Annual statistical returns and brief notes on vaccination in Bengal - 1909-1929
Year: 1909
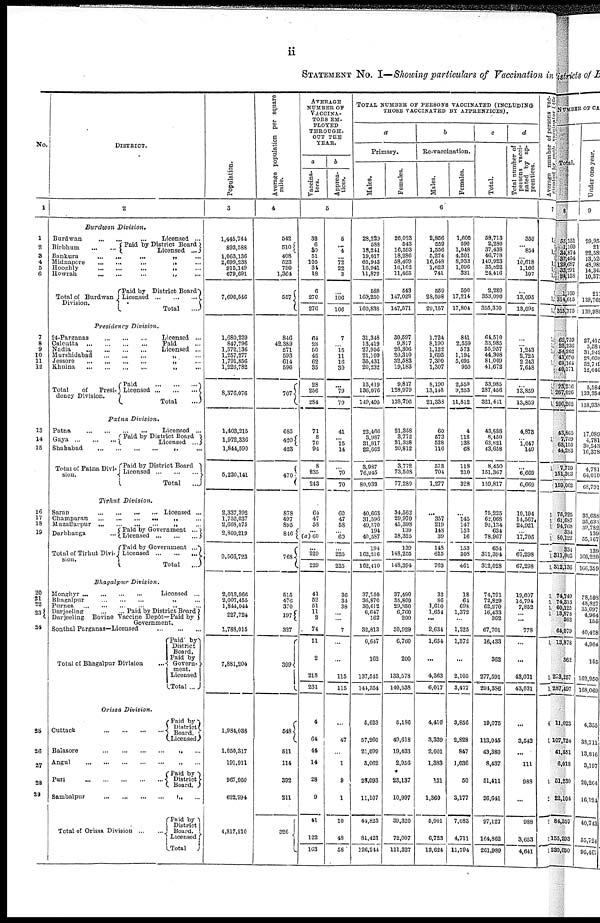
ii
STATEMENT No. I—Showing particulars of Vaccination in
No.
1
1
2
3
4
5
6
7
8
9
10
11
12
13
14
15
16
17
18
19
20
21
22
23
24
25
26
27
28
29
DISTRICT.
2
Burdwan Division
Burdwan
...
Licensed ...
Birbhum
Paid by District Board
Licensed ...
Bankura
...
...
...
Midnapore
...
...
„
...
Hooghly
...
...
...
„ ...
Howrah
...
...
...
„
...
Total of Burdwan
Division.
Paid by District Board
Licensed
...
...
...
Total
...
Presidency Division.
24-Parganas
...
...
...
Licensed ...
Calcutta
...
...
...
Paid ...
Nadia
...
...
...
Licensed ...
Murshidabad
...
...
...
„ ...
Jessore
...
...
...
...
„
...
Khulna
...
...
...
...
„
...
Total
of
Presi-
dency Division.
Paid
...
...
...
Licensed ... ...
Total
...
Patna
Division.
Patna
...
...
...
...
Licensed ...
Gaya ... ... ... Paid by District Board ...
Licensed ...
Shababad ... ... ... ... „ ...
Total of Patna Divi-
sion.
Paid by District Board
Licensed
...
...
...
Total ...
Tirhut
Division.
Saran
...
...
...
...
Licensed ...
Champaran ... ... ... ... „ ...
Muzaffarpur ... ... ... ... „ ...
Darbhanga ...
Total of Tirhut Divi-
sion.
Paid by Government ...
Licensed
...
...
...
Paid by Government ...
Licensed
...
...
...
Total ...
Bhgalpur
Division.
Monghyr ...
...
...
...
Licensed ...
Bhagalpur
...
...
...
„ ...
Purnea
...
...
...
...
„
...
Darjeeling
...
...
Paid by District Board
Darjeeling Bovine Vaccine Depôt—Paid by
Government.
Sonthal Parganas—Licensed
...
...
...
Total of Bhagalpur Division ...
Paid by
District
Board.
Paid by
Govern-
ment.
Licensed
Total ...
Orissa Division.
Cuttack
...
...
...
...
Paid by
District
Board.
Licensed
Balasore
...
...
...
...
„
...
Angul
...
...
...
...
„ ...
Puri ... ... ... ... ...
Paid by
Districts
Board.
Sambalpur
...
...
...
...
„
...
Total of Orissa Division ... ...
Paid by
District
Board.
Licensed
Total
Population.
3
1,445,744
893,588
1,063,136
2,699,238
915,149
679,691
7,696,546
1,680,229
847,796
1,572,136
1,257,277
1,791,856
1,226,782
8,376,076
1,403,215
1,972,336
1,844,590
5,220,141
2,337,392
1,752,037
2,668,075
2,809,219
9,566,723
2,013,966
2,007,455
1,844,044
227,724
1,788,015
7,881,204
1,984,088
1,050,317
191,911
967,950
622,994
4,817,210
Average population per square
mile.
4
542
510
408
523
790
1,364
557
846
42,389
571
593
614
596
707
685
420
423
470
878
497
895
846
768
515
476
370
197
327
399
548
511
114
392
211
326
AVERAGE
NUMBER OF
VACCINA-
TORS EM-
PLOYED
THROUGH-
OUT THE
YEAR.
a
Vaccina-
tors.
b
Appren-
tices.
5
32
6
30
51
105
34
18
6
270
276
64
28
50
45
62
35
28
256
284
71
8
70
94
8
235
213
64
47
58
...
(a) 60
...
229
229
41
62
51
11
2
74
11
2
218
231
4
64
44
14
28
9
41
122
1C3
5
... 4
...
72
22
3
...
106
106
7
... 15
11
16
30
...
79
79
41
...
15
14
...
70
70
60
47
58
... 60
...
225
225
36
34
38
...
...
7
...
...
115
115
...
47
...
1
9
1
10
48
58
TOTAL NUMBER OF PERSONS VACCINATED (INCLUDING
THOSE VACCINATED BY APPRENTICES).
a
Primary.
Males.
Females.
b
Re-vaccination.
Males.
Females.
c
Total.
d
Total number of
persons vacci-
nated by ap-
prentices.
6
28,229
588
18,241
19,017
65,943
16,941
11,879
588
160,250
160,838
31,348
13,419
27,956
21,109
35,431
20,232
13,419
136,076
149,495
22,466
3,987
31,817
22,662
3,987
76,945
80,932
40,663
31,596
49,370
194
40,587
191
162,216
162,410
37,250
36,870
30,612
6,647
162
32,813
6,647
162
137,545
144,354
5,623
57,260
21,099
3,062
28,093
11,107
41,823
81,421
126,214
26,029
643
16,593
18,286
58,499
16,162
11,465
543
147,028
147,571
30,597
9,817
26,306
20,310
32,583
19,183
9,817
128,979
138,796
21,358
3,772
31,338
20,812
3,772
73,508
77,280
34,562
29,970
45,398
139
38,325
139
148,255
148,394
37,490
35,809
29,350
6,760
200
30,929
6,760
200
133,578
140,538
5,186
49,618
19,433
2,956
23,137
10,997
39,320
72,007
111,327
2,856
559
1,556
5,274
16,548
1,623
741
559
28,598
29,157
1,724
8,190
1,122
1,695
7,300
1,307
8,190
13,148
21,338
60
573
528
116
573
701
1,277
...
357
219
148
39
148
615
763
33
86
1,610
1,654
...
2,631
1,654
...
4,363
6,017
4,410
3,339
2,001
1,383
131
1,360
5,901
6,723
12,624
1,605
590
1,048
4,201
8,933
1,096
331
590
17,214
17,804
841
2,559
573
1,194
5,695
950
2,559
9,253
11,812
4
118
138
68
118
210
328
...
145
147
153
16
153
308
461
18
64
698
1,372
...
1,325
1,372
...
2,105
3,477
3,856
2,828
847
1,036
50
3,177
7,083
4,711
11,794
58,713
2,280
37,438
46,778
149,923
35,822
24,416
2,280
353,090
355,370
61,510
33,985
55,957
44,308
81,009
41,672
33,985
287,456
321,441
43,688
8,450
63,821
43,658
8,450
151,367
159,817
75,225
62,068
95,134
634
78,967
634
311,394
312,028
74,791
72,829
62,270
16,433
362
67,701
16,433
362
277,591
291,386
19,075
113,045
43,380
8,437
51,411
26,641
97,127
164,862
261,989
350
...
854
...
10,618
1,166
107
...
13,095
13,095
...
... 1,243
2,725
2243
7,648
...
13,859
13,859
4 873
...
1,647
149
6,669
6,669
10,104
14,567
24,921
... 17.708
...
67,298
67,298
19,607
14,791
7,862
...
...
778
...
...
43,031
43,031
...
3,642
...
111
988
...
988
3,653
4,641
Average number of persons vac-
cinated by each vaccinator [(66
7
1,
1,
1, 1,
1,
1,
1,
1,
1,
1
1
1
1,
1
1
1
1
1
...
1
...
1
1
1
1 1
1
1
1
1
4
1
1
1
1
1
1